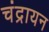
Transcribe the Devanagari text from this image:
चंद्रायन